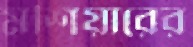
মশিয়ারের